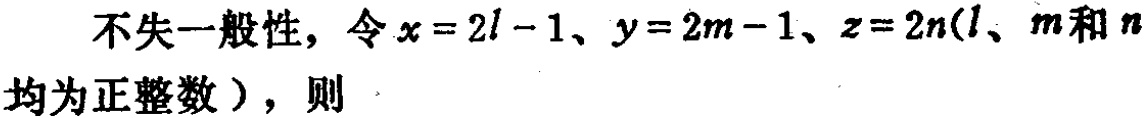
不失一般性，令\(x = 2l - 1\)、\(y = 2m - 1\)、\(z = 2n\)(\(l\)、\(m\)和\(n\)均为正整数），则